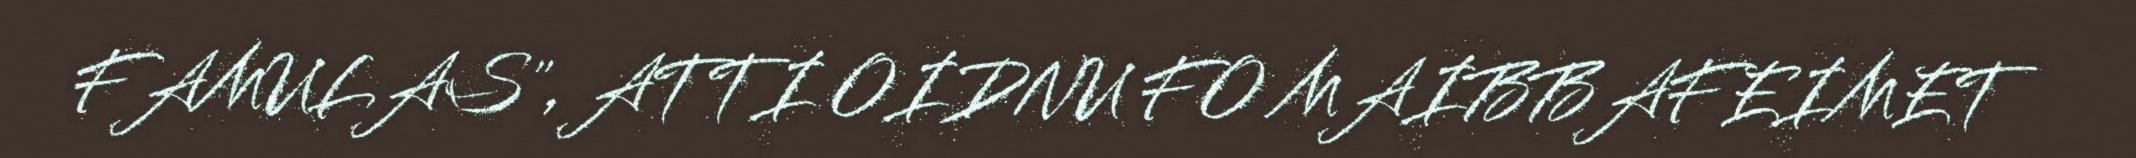
FAMULAS", ATTI OIDNU FO MAIBBAFEIMET